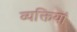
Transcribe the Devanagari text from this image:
व्यक्तियां